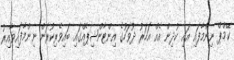
ކޭމްޕް ނިންމާފައި އައި ކުދިން އެއް އަހަރު ދުވަހުގެ އިންޓާންޝިޕެއްގައި ބައިވެރިކުރަން ނިންމާފައިވާއިރު